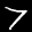
Label: 7